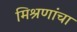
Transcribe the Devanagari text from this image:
मिश्रणांचा